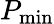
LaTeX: P_{\mathrm{min}}